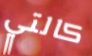
كالتي